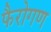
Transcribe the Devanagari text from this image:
फैरोगण